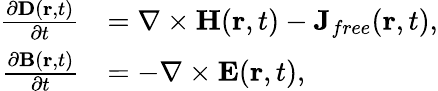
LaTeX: \begin{array}{rl}{\frac{\partial\boldsymbol{\mathbf{D}}(\boldsymbol{\mathbf{r}},t)}{\partial t}}&{=\nabla\times\boldsymbol{\mathbf{H}}(\boldsymbol{\mathbf{r}},t)-\mathbf{J}_{{free}}(\boldsymbol{\mathbf{r}},t),}\\ {\frac{\partial\boldsymbol{\mathbf{B}}(\boldsymbol{\mathbf{r}},t)}{\partial t}}&{=-\nabla\times\boldsymbol{\mathbf{E}}(\boldsymbol{\mathbf{r}},t),}\end{array}